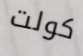
كولت